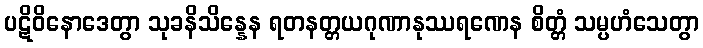
ပဋိဝိနောဒေတွာ သုခနိသိန္နေန ရတနတ္တယဂုဏာနုဿရဏေန စိတ္တံ သမ္ပဟံသေတွာ